Vaccination North-Western Provinces 1866-1877 - 1866-1877
Year: 1866
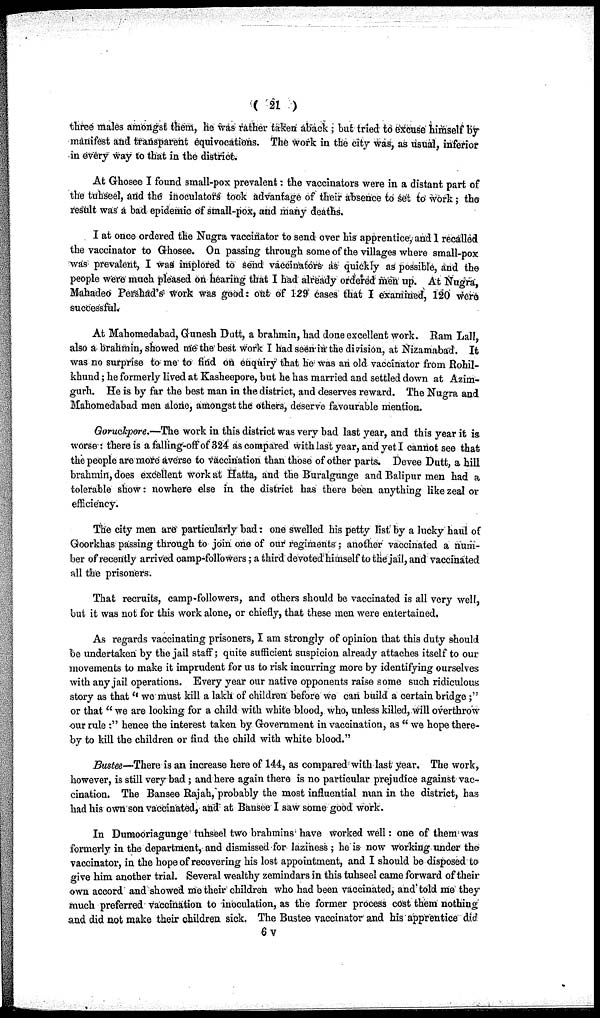
( 21 )
three males amongst them, he was rather taken aback; but tried to excuse himself by
manifest and transparent equivocations. The work in the city was, as usual, inferior
in every way to that in the district.
At Ghosee I found small-pox prevalent: the vaccinators were in a distant part of
the tuhseel, and the inoculators took advantage of their absence to set to work; the
result was a bad epidemic of small-pox, and many deaths.
I at once ordered the Nugra vaccinator to send over his apprentice, and 1 recalled
the vaccinator to Ghosee. On passing through some of the villages where small-pox
was prevalent, I was implored to send vaccinators as quickly as possible, and the
people were much pleased on hearing that I had already ordered men up. At Nugra,
Mahadeo Pershad's work was good: out of 129 cases that I examined, 120 were
successful.
At Mahomedabad, Gunesh Dutt, a brahmin, had done excellent work. Ram Lall,
also a brahmm, showed me the best work I had seen in the division, at Nizamabad. It
was no surprise to me to find on enquiry that he was an old vaccinator from Rohil-
khund; he formerly lived at Kasheepore, but he has married and settled down at Azim-
gurh. He is by far the best man in the district, and deserves reward. The Nugra and
Mahomedabad men alone, amongst the others, deserve favourable mention.
Goruckpore.—The work in this district was very bad last year, and this year it is
worse: there is a falling-off of 324 as compared with last year, and yet I cannot see that
the people are more averse to vaccination than those of other parts. Devee Dutt, a hill
brahmin, does excellent work at Hatta, and the Buralgunge and Balipur men had a
tolerable show: nowhere else in the district has there been anything like zeal or
efficiency.
The city men are particularly bad: one swelled his petty list by a lucky haul of
Goorkhas passing through to join one of our regiments; another vaccinated a num-
ber of recently arrived camp-followers; a third devoted himself to the jail, and vaccinated
all the prisoners.
That recruits, camp-followers, and others should be vaccinated is all very well,
but it was not for this work alone, or chiefly, that these men were entertained.
As regards vaccinating prisoners, I am strongly of opinion that this duty should
be undertaken by the jail staff; quite sufficient suspicion already attaches itself to our
movements to make it imprudent for us to risk incurring more by identifying ourselves
with any jail operations. Every year our native opponents raise some such ridiculous
story as that " we must kill a lakh of children before we can build a certain bridge;"
or that " we are looking for a child with white blood, who, unless killed, will overthrow
our rule :" hence the interest taken by Government in vaccination, as " we hope there-
by to kill the children or find the child with white blood."
Bustee—There is an increase here of 144, as compared with last year. The work,
however, is still very bad; and here again there is no particular prejudice against vac-
cination. The Bansee Rajah, probably the most influential man in the district, has
had his own son vaccinated, and at Bansee I saw some good work.
In Dumooriagunge tuhseel two brahmins have worked well: one of them was
formerly in the department, and dismissed for laziness ; he is now working under the
vaccinator, in the hope of recovering his lost appointment, and I should be disposed to
give him another trial. Several wealthy zemindars in this tuhseel came forward of their
own accord and showed me their children who had been vaccinated, and' told me they
much preferred vaccination to inoculation, as the former process cost them nothing
and did not make their children sick. The Bustee vaccinator and his apprentice did
6v